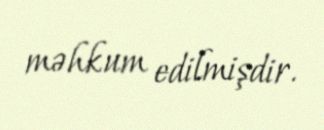
məhkum edilmişdir.